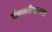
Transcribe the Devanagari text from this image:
चेन्नाकेशव्या